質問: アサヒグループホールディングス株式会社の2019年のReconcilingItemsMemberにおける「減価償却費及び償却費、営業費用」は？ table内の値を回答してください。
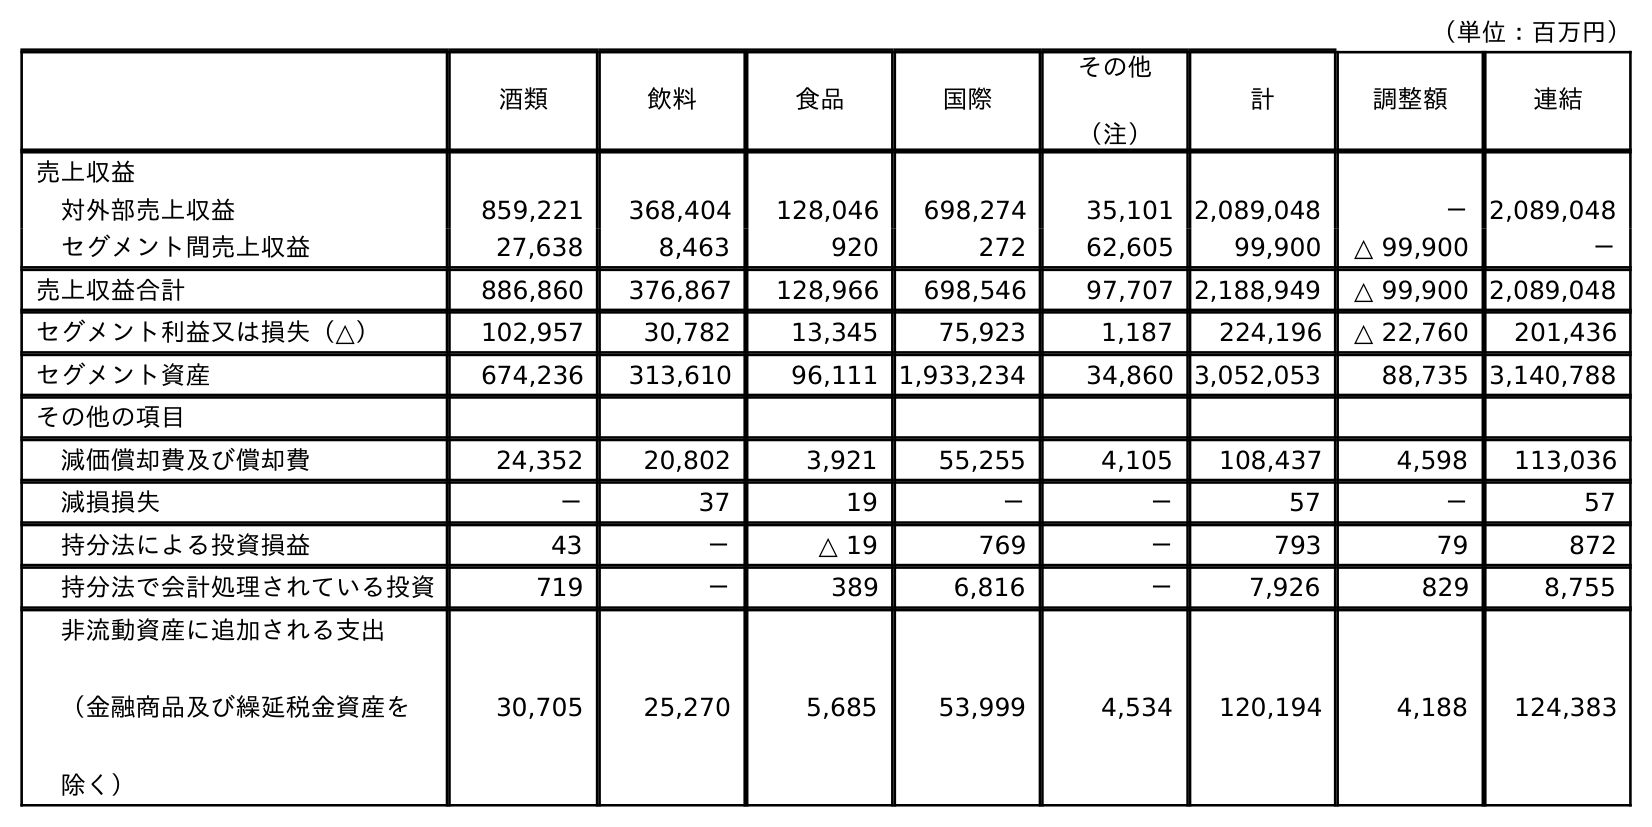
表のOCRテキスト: （単位：百万円） 酒類 飲料 食品 国際 その他 （注） 計 調整額 連結 売上収益 対外部売上収益 859,221 368,404 128,046 698,274 35,101 2,089,048 － 2,089,048 セグメント間売上収益 27,638 8,463 920 272 62,605 99,900 △ 99,900 － 売上収益合計 886,860 376,867 128,966 698,546 97,707 2,188,949 △ 99,900 2,089,048 セグメント利益又は損失（△） 102,957 30,782 13,345 75,923 1,187 224,196 △ 22,760 201,436 セグメント資産 674,236 313,610 96,111 1,933,234 34,860 3,052,053 88,735 3,140,788 その他の項目 減価償却費及び償却費 24,352 20,802 3,921 55,255 4,105 108,437 4,598 113,036 減損損失 － 37 19 － － 57 － 57 持分法による投資損益 43 － △ 19 769 － 793 79 872 持分法で会計処理されている投資 719 － 389 6,816 － 7,926 829 8,755 非流動資産に追加される支出 （金融商品及び繰延税金資産を 除く） 30,705 25,270 5,685 53,999 4,534 120,194 4,188 124,383
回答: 4,598